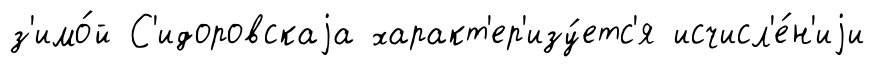
з'имо́й С'идоровскаjа характ'ер'изу́етс'я исчисл'е́н'иjи